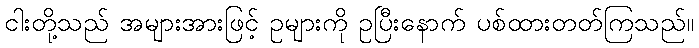
ငါးတို့သည် အများအားဖြင့် ဥများကို ဥပြီးနောက် ပစ်ထားတတ်ကြသည်။